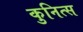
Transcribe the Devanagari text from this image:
कुनित्स